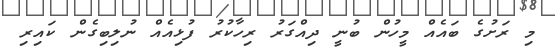
މި ރަށުގެ ބައެއް މީހުން ބުނީ ދިއްގަރު ރިހާކުރު ފުޅިއެއް ނުލިބިގެން ކައިރި